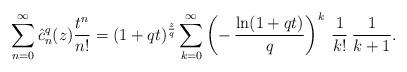
LaTeX: \begin{align*}\sum_{n=0}^{\infty}\hat{c}_n^q(z)\frac{t^n}{n!}=(1+qt)^{\frac{z}{q}}\sum_{k=0}^{\infty}\left(-\,\frac{\ln(1+qt)}{q}\right)^k\:\frac{1}{k!}\:\frac{1}{k+1}.\end{align*}